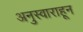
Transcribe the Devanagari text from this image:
अनुस्वाराहून